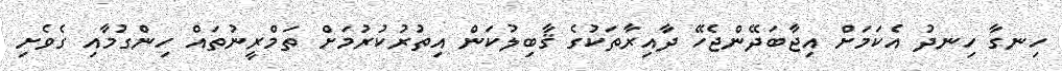
ހިނގާ ހިނދު އެކަމަށް އިޖާބަދޭންޖެހޭ ދާއިރާތަކުގެ ޤާބިލުކަން އިތުރުކުރުމަށް ތަމްރީނުތައް ހިންގުމާއި ގެވެށި